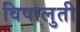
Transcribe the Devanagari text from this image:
विषालुती